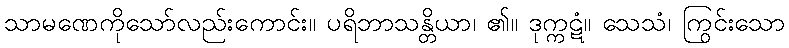
သာမဏေကိုသော်လည်းကောင်း။ ပရိဘာသန္တိယာ၊ ၏။ ဒုက္ကဋံ။ သေသံ၊ ကြွင်းသော